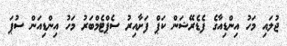
ޖުލައި މަހު އިންޑިއާގެ ފެޑެރޭޝަން ކަޕް ފަށާއިރު ސެޕްޓެމްބަރު މަހު އިންޑިއަން ސުޕަ